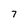
Character: 7